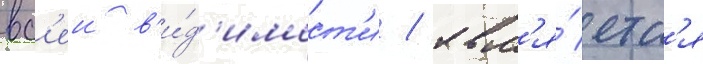
вс'еи в'и́д'имост'и / явл'я́етс'я